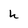
Character: h